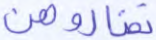
تضاروهن